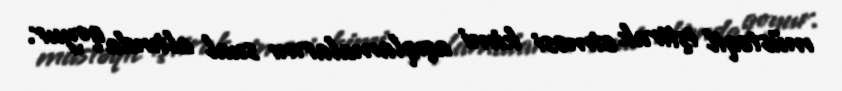
müstəqil iştirak etməsi kimi açıqlamalarını sual altında qoyur.